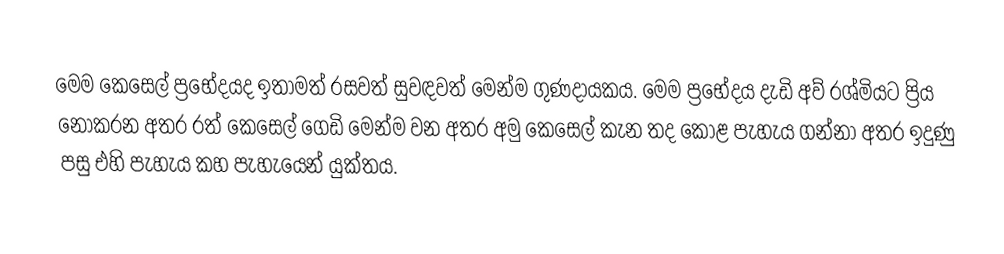
මෙම කෙසෙල් ප්‍රභේදයද ඉතාමත් රසවත් සුවඳවත් මෙන්ම ගුණදායක‍ය. මෙම ප්‍රභේදය දැඩි අව් රශ්මියට ප්‍රිය නොකරන අතර රත් කෙසෙල් ගෙඩි මෙන්ම වන අතර අමු කෙසෙල් කැන තද කොළ  පැහැය ගන්නා අතර ඉදුණු පසු එහි පැහැය කහ පැහැයෙන් යුක්තය.